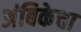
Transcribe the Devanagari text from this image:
अंबिकेचा